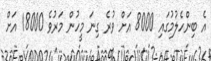
އެ ބިންހެލުމުގައި 8000 އަށް ވުރެ ގިނަ މީހުން މަރުވެ 18000 އަށް